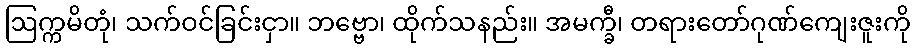
ဩက္ကမိတုံ၊ သက်ဝင်ခြင်းငှာ။ ဘဗ္ဗော၊ ထိုက်သနည်း။ အမက္ခီ၊ တရားတော်ဂုဏ်ကျေးဇူးကို